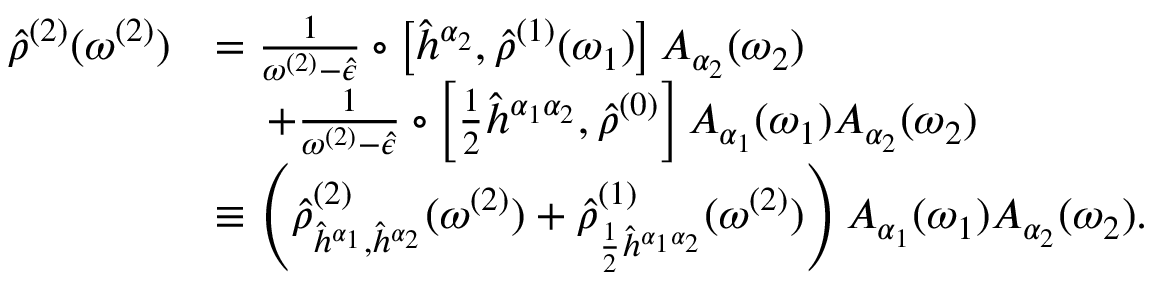
\begin{array} { r l } { \hat { \rho } ^ { ( 2 ) } ( \omega ^ { ( 2 ) } ) } & { = \frac { 1 } { \omega ^ { ( 2 ) } - \hat { \epsilon } } \circ \left[ \hat { h } ^ { \alpha _ { 2 } } , \hat { \rho } ^ { ( 1 ) } ( \omega _ { 1 } ) \right] A _ { \alpha _ { 2 } } ( \omega _ { 2 } ) } \\ & { \, \, \, \, \, \, \, + \frac { 1 } { \omega ^ { ( 2 ) } - \hat { \epsilon } } \circ \left[ \frac { 1 } { 2 } \hat { h } ^ { \alpha _ { 1 } \alpha _ { 2 } } , \hat { \rho } ^ { ( 0 ) } \right] A _ { \alpha _ { 1 } } ( \omega _ { 1 } ) A _ { \alpha _ { 2 } } ( \omega _ { 2 } ) } \\ & { \equiv \left( \hat { \rho } _ { \hat { h } ^ { \alpha _ { 1 } } , \hat { h } ^ { \alpha _ { 2 } } } ^ { ( 2 ) } ( \omega ^ { ( 2 ) } ) + \hat { \rho } _ { \frac { 1 } { 2 } \hat { h } ^ { \alpha _ { 1 } \alpha _ { 2 } } } ^ { ( 1 ) } ( \omega ^ { ( 2 ) } ) \right) A _ { \alpha _ { 1 } } ( \omega _ { 1 } ) A _ { \alpha _ { 2 } } ( \omega _ { 2 } ) \mathrm { . } } \end{array}